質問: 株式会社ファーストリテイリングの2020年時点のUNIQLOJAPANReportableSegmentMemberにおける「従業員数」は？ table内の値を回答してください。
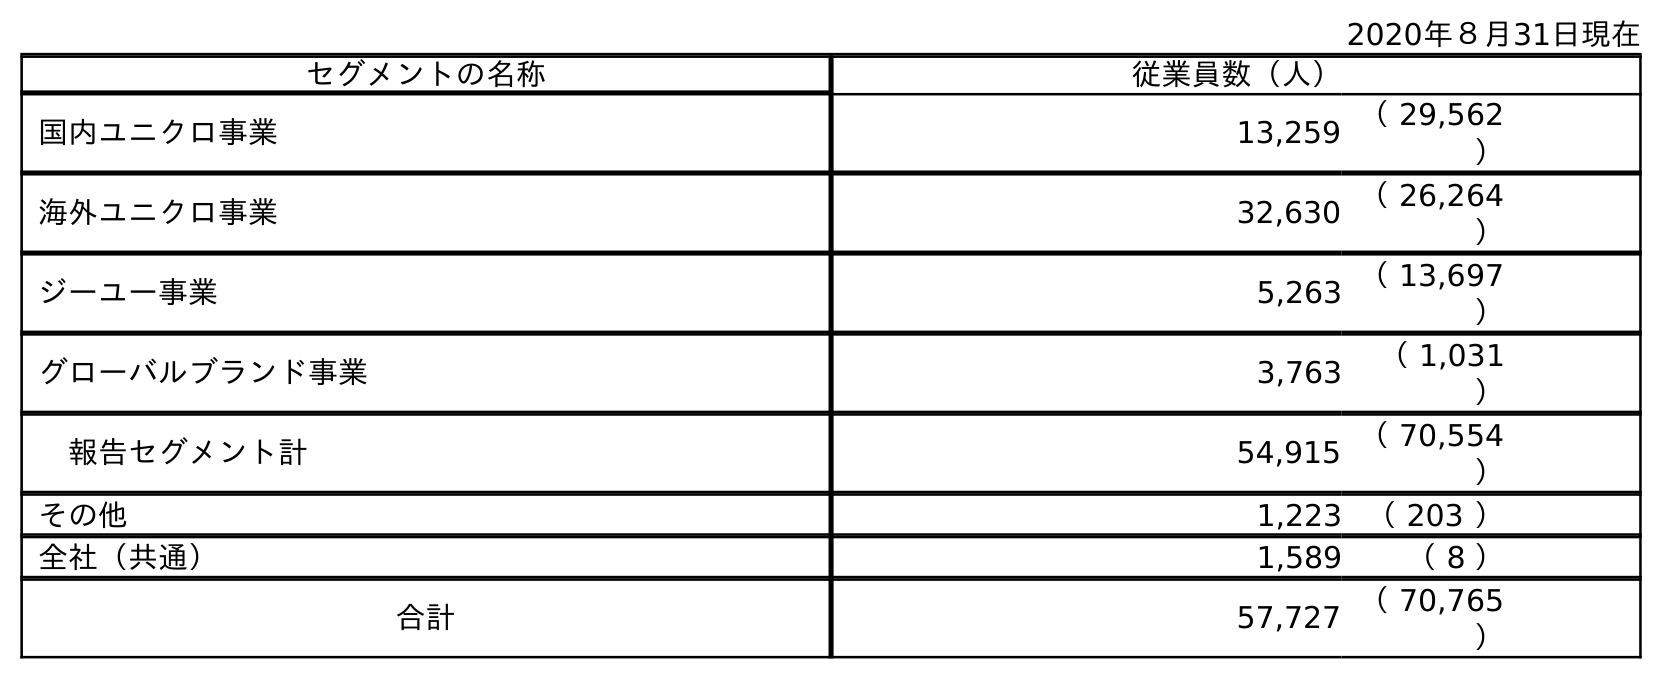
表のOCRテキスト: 2020年８月31日現在 セグメントの名称 従業員数（人） 国内ユニクロ事業 13,259 （ 29,562 ） 海外ユニクロ事業 32,630 （ 26,264 ） ジーユー事業 5,263 （ 13,697 ） グローバルブランド事業 3,763 （ 1,031 ） 報告セグメント計 54,915 （ 70,554 ） その他 1,223 （ 203 ） 全社（共通） 1,589 （ 8 ） 合計 57,727 （ 70,765 ）
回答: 13,259